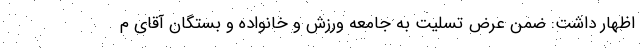
اظهار داشت: ضمن عرض تسلیت به جامعه ورزش و خانواده و بستگان آقای م